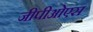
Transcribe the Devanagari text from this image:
जीपीओएस